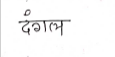
मजकूर: दंगल